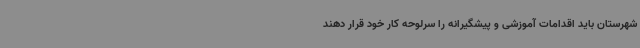
شهرستان باید اقدامات آموزشی و پیشگیرانه را سرلوحه کار خود قرار دهند